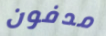
مدفون